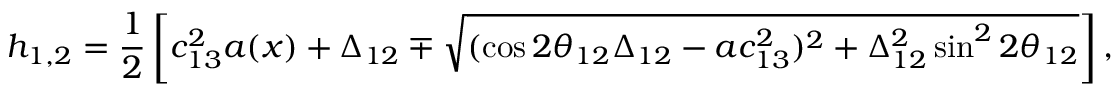
h _ { 1 , 2 } = \frac { 1 } { 2 } \left[ c _ { 1 3 } ^ { 2 } a ( x ) + \Delta _ { 1 2 } \mp \sqrt { ( \cos 2 \theta _ { 1 2 } \Delta _ { 1 2 } - a c _ { 1 3 } ^ { 2 } ) ^ { 2 } + \Delta _ { 1 2 } ^ { 2 } \sin ^ { 2 } 2 \theta _ { 1 2 } } \right] ,